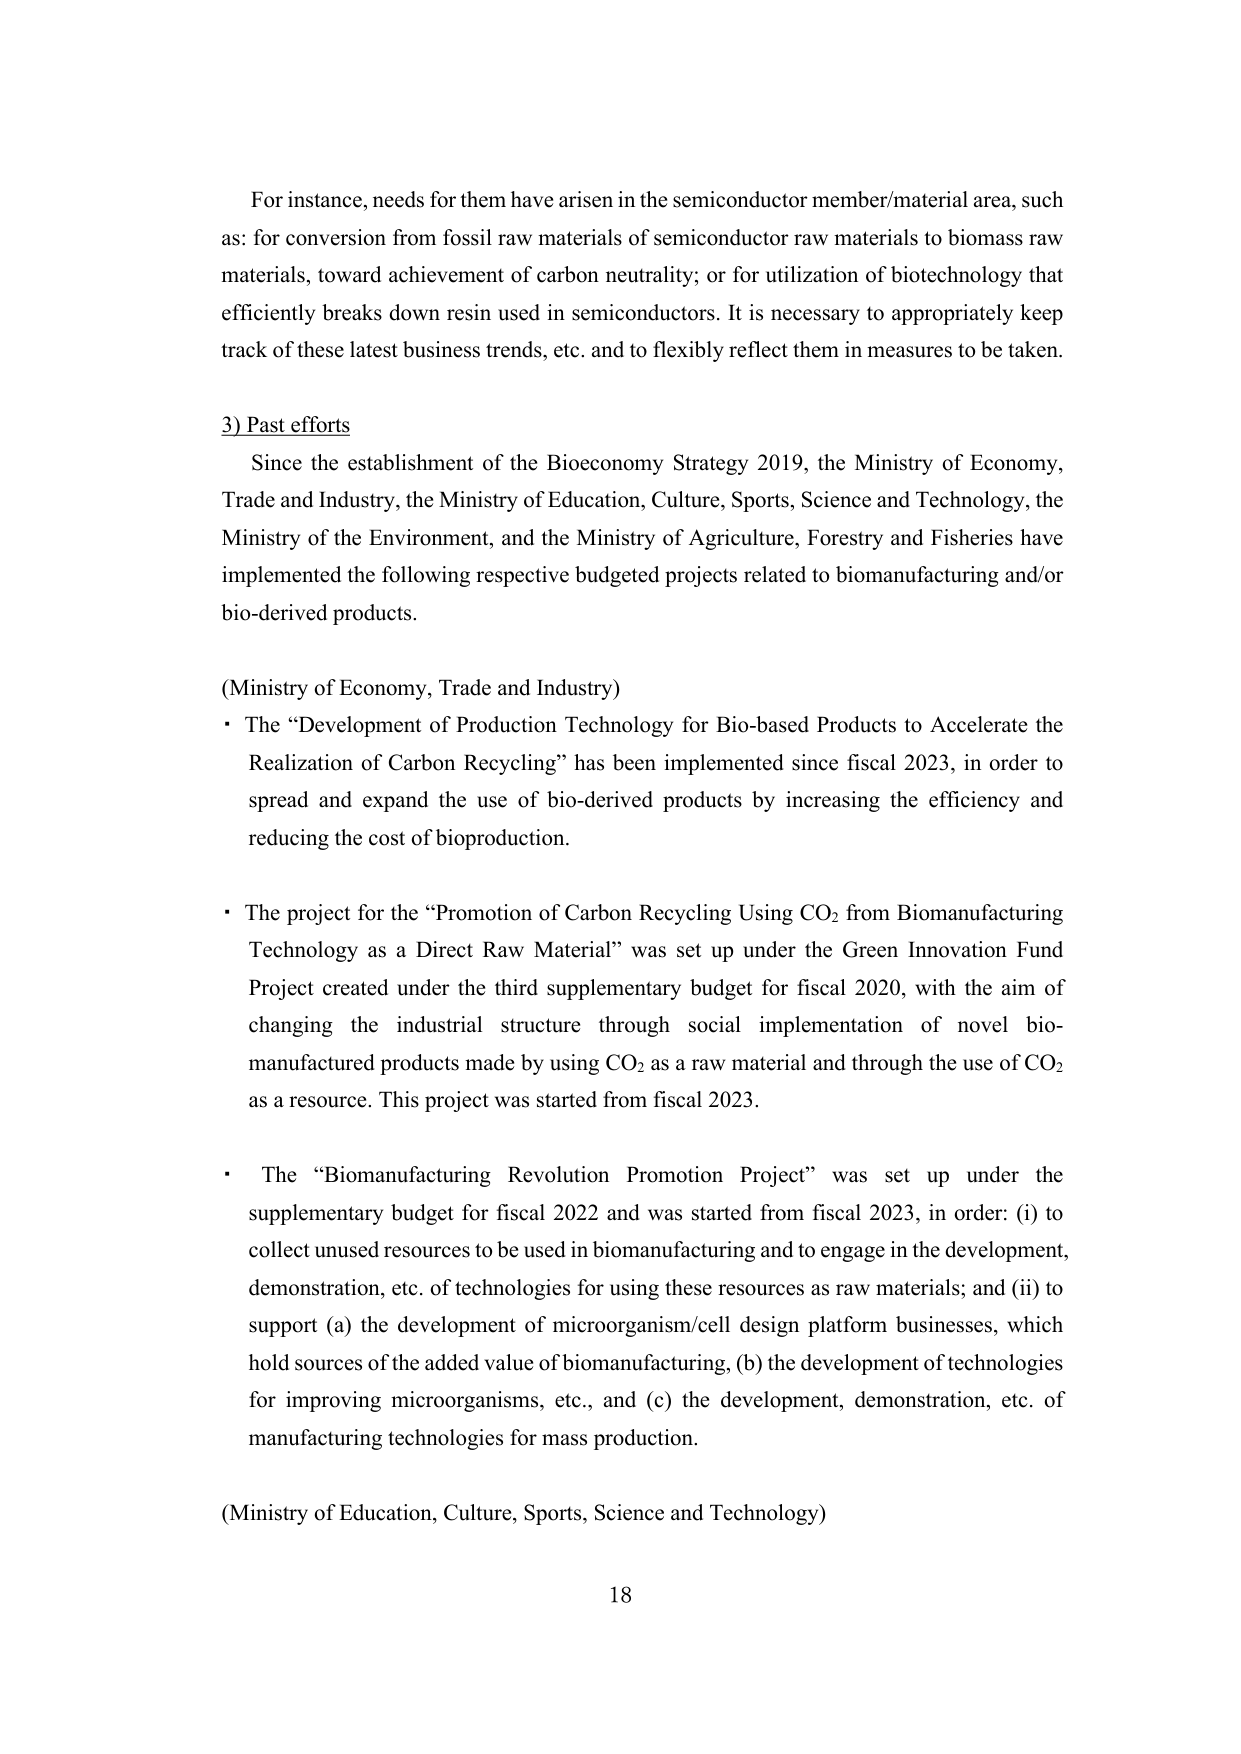
For instance, needs for them have arisen in the semiconductor member/material area, such as: for conversion from fossil raw materials of semiconductor raw materials to biomass raw materials, toward achievement of carbon neutrality; or for utilization of biotechnology that efficiently breaks down resin used in semiconductors. It is necessary to appropriately keep track of these latest business trends, etc. and to flexibly reflect them in measures to be taken.

3) Past efforts

Since the establishment of the Bioeconomy Strategy 2019, the Ministry of Economy, Trade and Industry, the Ministry of Education, Culture, Sports, Science and Technology, the Ministry of the Environment, and the Ministry of Agriculture, Forestry and Fisheries have implemented the following respective budgeted projects related to biomanufacturing and/or bio-derived products.

(Ministry of Economy, Trade and Industry)

• The “Development of Production Technology for Bio-based Products to Accelerate the Realization of Carbon Recycling” has been implemented since fiscal 2023, in order to spread and expand the use of bio-derived products by increasing the efficiency and reducing the cost of bioproduction.

• The project for the “Promotion of Carbon Recycling Using CO₂ from Biomanufacturing Technology as a Direct Raw Material” was set up under the Green Innovation Fund Project created under the third supplementary budget for fiscal 2020, with the aim of changing the industrial structure through social implementation of novel bio-manufactured products made by using CO₂ as a raw material and through the use of CO₂ as a resource. This project was started from fiscal 2023.

• The “Biomanufacturing Revolution Promotion Project” was set up under the supplementary budget for fiscal 2022 and was started from fiscal 2023, in order: (i) to collect unused resources to be used in biomanufacturing and to engage in the development, demonstration, etc. of technologies for using these resources as raw materials; and (ii) to support (a) the development of microorganism/cell design platform businesses, which hold sources of the added value of biomanufacturing, (b) the development of technologies for improving microorganisms, etc., and (c) the development, demonstration, etc. of manufacturing technologies for mass production.

(Ministry of Education, Culture, Sports, Science and Technology)

18